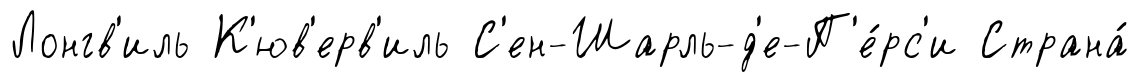
Лонгв'иль К'юв'ерв'иль С'ен-Шарль-д'е-П'е́рс'и Страна́